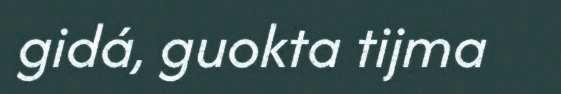
gidá, guokta tijma